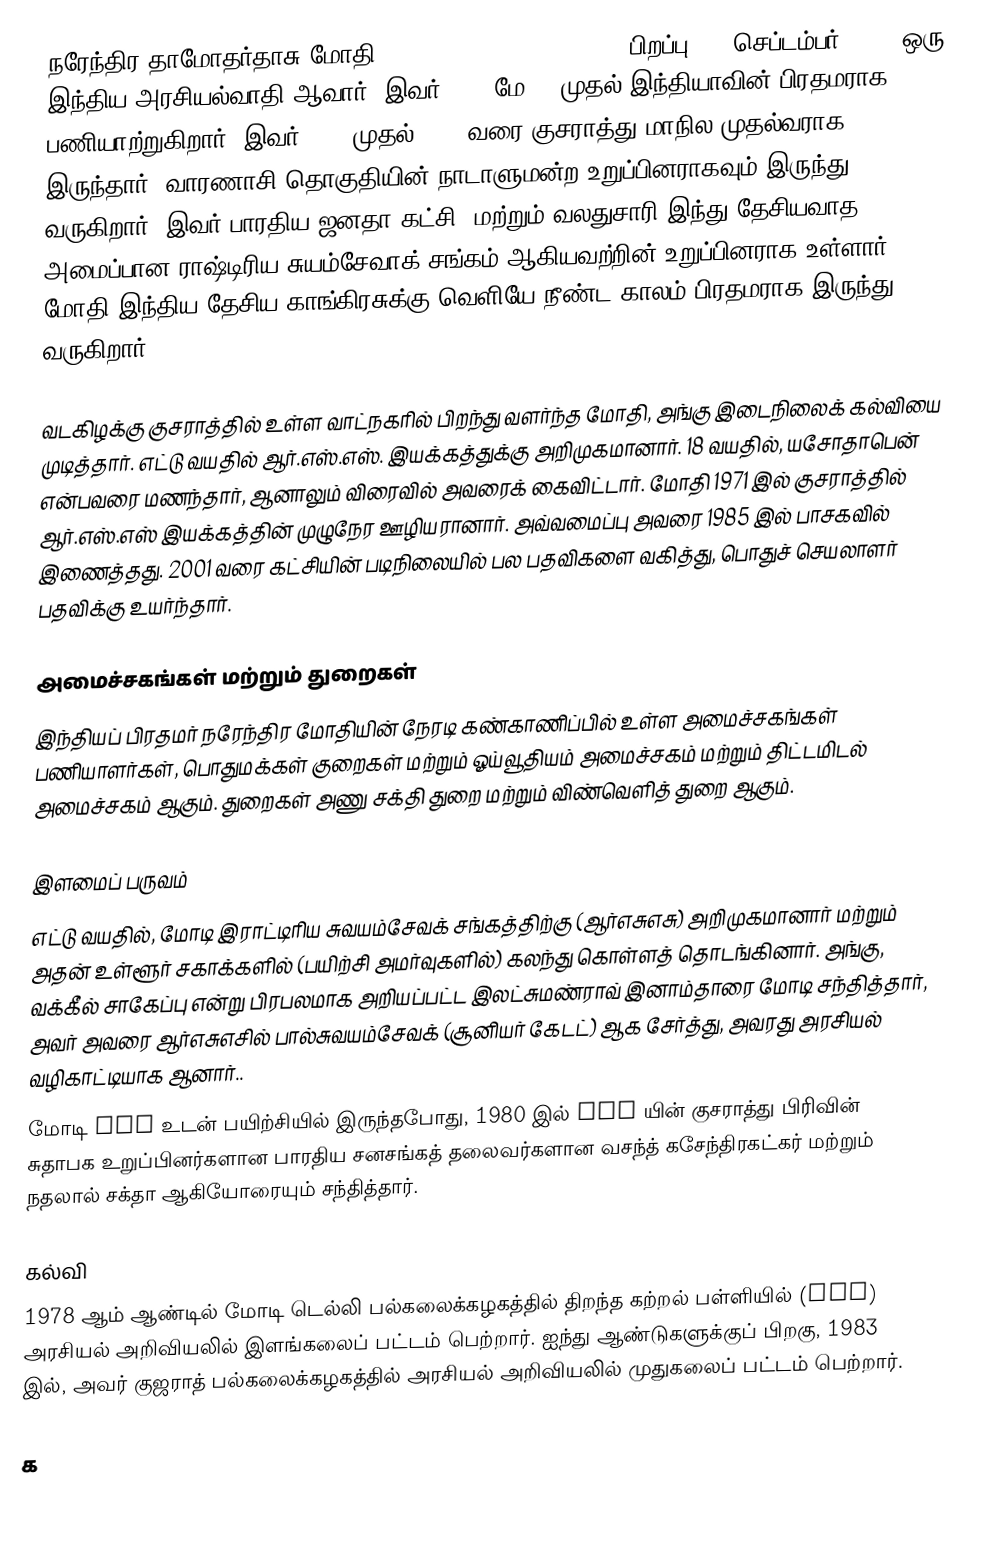
நரேந்திர தாமோதர்தாசு மோதி (Narendra Damodardas Modi, பிறப்பு: 17 செப்டம்பர் 1950) ஒரு இந்திய அரசியல்வாதி ஆவார், இவர் 2014 மே 26 முதல் இந்தியாவின் பிரதமராக பணியாற்றுகிறார். இவர் 2001 முதல் 2014 வரை குசராத்து மாநில முதல்வராக இருந்தார். வாரணாசி தொகுதியின் நாடாளுமன்ற உறுப்பினராகவும் இருந்து வருகிறார். இவர் பாரதிய ஜனதா கட்சி, மற்றும் வலதுசாரி இந்து தேசியவாத அமைப்பான ராஷ்டிரிய சுயம்சேவாக் சங்கம் ஆகியவற்றின் உறுப்பினராக உள்ளார். மோதி இந்திய தேசிய காங்கிரசுக்கு வெளியே நீண்ட காலம் பிரதமராக இருந்து வருகிறார்.

வடகிழக்கு குசராத்தில் உள்ள வாட்நகரில் பிறந்து வளர்ந்த மோதி, அங்கு இடைநிலைக் கல்வியை முடித்தார். எட்டு வயதில் ஆர்.எஸ்.எஸ். இயக்கத்துக்கு அறிமுகமானார். 18 வயதில், யசோதாபென் என்பவரை மணந்தார், ஆனாலும் விரைவில் அவரைக் கைவிட்டார். மோதி 1971 இல் குசராத்தில் ஆர்.எஸ்.எஸ் இயக்கத்தின் முழுநேர ஊழியரானார். அவ்வமைப்பு அவரை 1985 இல் பாசகவில் இணைத்தது. 2001 வரை கட்சியின் படிநிலையில் பல பதவிகளை வகித்து, பொதுச் செயலாளர் பதவிக்கு உயர்ந்தார்.

அமைச்சகங்கள் மற்றும் துறைகள்
இந்தியப் பிரதமர் நரேந்திர மோதியின் நேரடி கண்காணிப்பில் உள்ள அமைச்சகங்கள் பணியாளர்கள், பொதுமக்கள் குறைகள் மற்றும் ஓய்வூதியம் அமைச்சகம் மற்றும் திட்டமிடல் அமைச்சகம் ஆகும். துறைகள் அணு சக்தி துறை மற்றும் விண்வெளித் துறை ஆகும்.

இளமைப் பருவம்
எட்டு வயதில், மோடி இராட்டிரிய சுவயம்சேவக் சங்கத்திற்கு (ஆர்எசுஎசு) அறிமுகமானார் மற்றும் அதன் உள்ளூர் சகாக்களில் (பயிற்சி அமர்வுகளில்) கலந்து கொள்ளத் தொடங்கினார். அங்கு, வக்கீல் சாகேப்பு என்று பிரபலமாக அறியப்பட்ட இலட்சுமண்ராவ் இனாம்தாரை மோடி சந்தித்தார், அவர் அவரை ஆர்எசுஎசில் பால்சுவயம்சேவக் (சூனியர் கேடட்) ஆக சேர்த்து, அவரது அரசியல் வழிகாட்டியாக ஆனார்..
மோடி RSS உடன் பயிற்சியில் இருந்தபோது, 1980 இல் BJP யின் குசராத்து பிரிவின் சுதாபக உறுப்பினர்களான பாரதிய சனசங்கத் தலைவர்களான வசந்த் கசேந்திரகட்கர் மற்றும் நதலால் சக்தா ஆகியோரையும் சந்தித்தார்.

கல்வி
1978 ஆம் ஆண்டில் மோடி டெல்லி பல்கலைக்கழகத்தில் திறந்த கற்றல் பள்ளியில் (SOL) அரசியல் அறிவியலில் இளங்கலைப் பட்டம் பெற்றார். ஐந்து ஆண்டுகளுக்குப் பிறகு, 1983 இல், அவர் குஜராத் பல்கலைக்கழகத்தில் அரசியல் அறிவியலில் முதுகலைப் பட்டம் பெற்றார்.

க